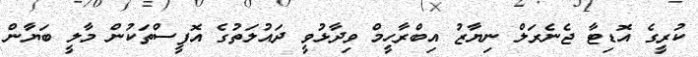
ކުރީގެ އޮޑިޓާ ޖެނެރަލް ނިޔާޒު އިބްރާހީމް ވިދާޅުވީ ދައުލަތުގެ އޮފީސްތަކުން މާލީ ބަޔާން